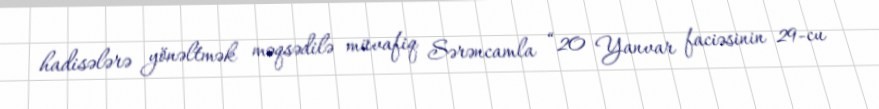
hadisələrə yönəltmək məqsədilə müvafiq Sərəncamla “20 Yanvar faciəsinin 29-cu